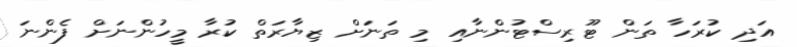
އަދި ކުރަހާ ތަން ޓޫރިސްޓުންނާއި މި ތަނަށް ޒިޔާރަތް ކުރާ މީހުންނަށް ފެންނަ